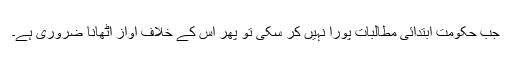
جب حکومت ابتدائی مطالبات پورا نہیں کر سکی تو پھر اس کے خلاف آواز اٹھانا ضروری ہے۔